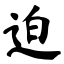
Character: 迫